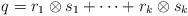
LaTeX: \begin{align*}q=r_1\otimes s_1 + \dots + r_k\otimes s_k\end{align*}